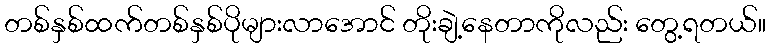
တစ်နှစ်ထက်တစ်နှစ်ပိုများလာအောင် တိုးချဲ့နေတာကိုလည်း တွေ့ရတယ်။